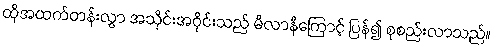
ထိုအထက်တန်းလွှာ အသိုင်းအဝိုင်းသည် မီလာနီကြောင့် ပြန်၍ စုစည်းလာသည်။